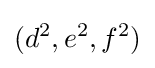
(d^{2},e^{2},f^{2})